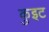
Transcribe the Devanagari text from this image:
कुइट